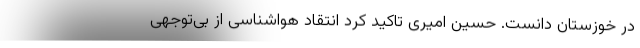
در خوزستان دانست. حسین امیری تاکید کرد انتقاد هواشناسی از بی‌توجهی